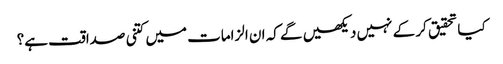
کیا تحقیق کر کے نہیں دیکھیں گے کہ ان الزامات میں کتنی صداقت ہے؟